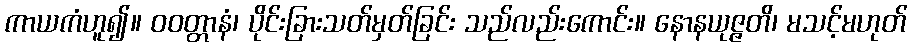
ကာယကံဟူ၍။ ဝဝတ္တာနံ၊ ပိုင်းခြားသတ်မှတ်ခြင်း သည်လည်းကောင်း။ နောနယုဇ္ဇတိ၊ မသင့်မဟုတ်